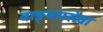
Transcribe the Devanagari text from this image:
वाङ्‌मयसेवा